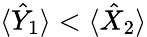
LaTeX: \langle\hat{Y}_{1}\rangle<\langle\hat{X}_{2}\rangle